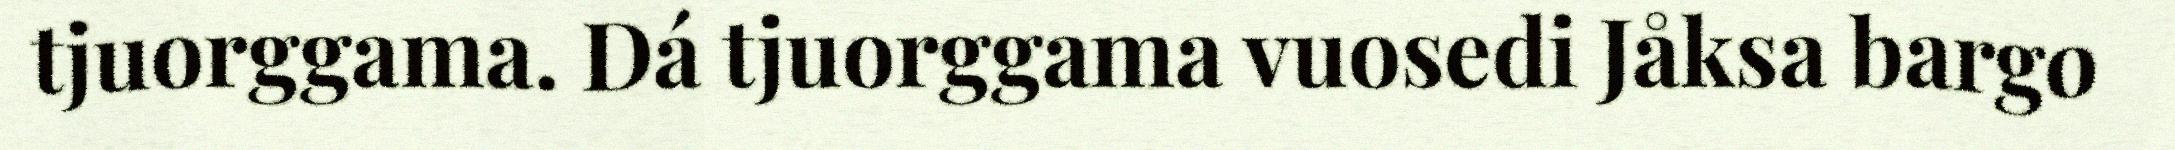
tjuorggama. Dá tjuorggama vuosedi Jåksa bargo